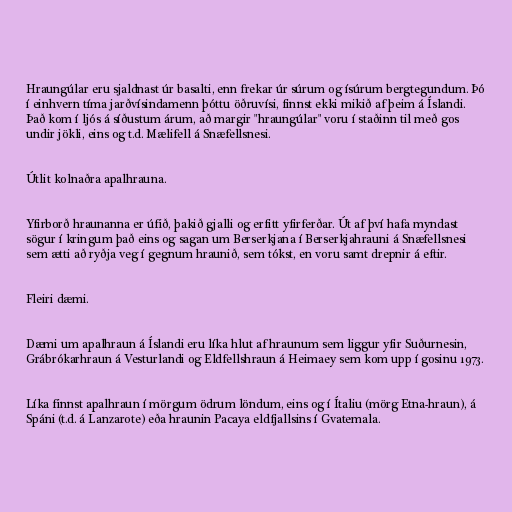
Hraungúlar eru sjaldnast úr basalti, enn frekar úr súrum og ísúrum bergtegundum. Þó
í einhvern tíma jarðvísindamenn þóttu öðruvísi, finnst ekki mikið af þeim á Íslandi.
Það kom í ljós á síðustum árum, að margir "hraungúlar" voru í staðinn til með gos
undir jökli, eins og t.d. Mælifell á Snæfellsnesi.

Útlit kolnaðra apalhrauna.

Yfirborð hraunanna er úfið, þakið gjalli og erfitt yfirferðar. Út af því hafa myndast
sögur í kringum það eins og sagan um Berserkjana í Berserkjahrauni á Snæfellsnesi
sem ætti að ryðja veg í gegnum hraunið, sem tókst, en voru samt drepnir á eftir.

Fleiri dæmi.

Dæmi um apalhraun á Íslandi eru líka hlut af hraunum sem liggur yfir Suðurnesin,
Grábrókarhraun á Vesturlandi og Eldfellshraun á Heimaey sem kom upp í gosinu 1973.

Líka finnst apalhraun í mörgum ödrum löndum, eins og í Ítaliu (mörg Etna-hraun), á
Spáni (t.d. á Lanzarote) eða hraunin Pacaya eldfjallsins í Gvatemala.